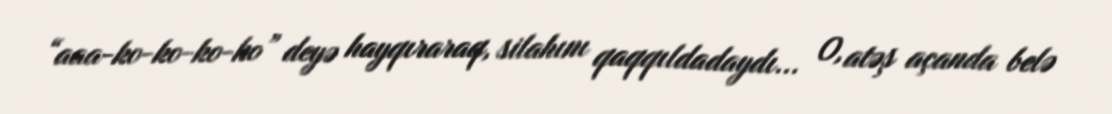
“aaa-ko-ko-ko-ko” deyə hayqıraraq, silahını qaqqıldadaydı... O, atəş açanda belə